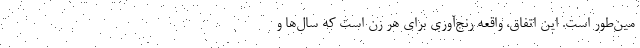
مین‌طور است. این اتفاق، واقعه رنج‌آوری برای هر زن است که سال‌ها و